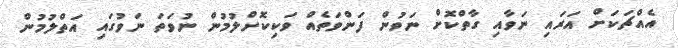
އެއްޗަކަށް އަރައި ނަވާއި ގާތްކޮށް ނަވުން ފަންވަތެއް ވަކިކޮށްލުމުން ނުވަތަ ނަވުގައި އަތްލުމުން